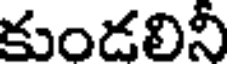
కుండలినీ